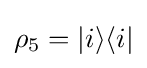
\rho _{5}=|i\rangle \langle i|